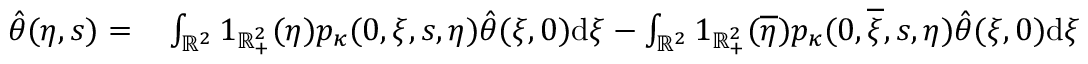
\begin{array} { r l } { \hat { \theta } ( \eta , s ) = } & { { } \int _ { \mathbb { R } ^ { 2 } } 1 _ { \mathbb { R } _ { + } ^ { 2 } } ( \eta ) p _ { \kappa } ( 0 , \xi , s , \eta ) \hat { \theta } ( \xi , 0 ) \mathrm { d } \xi - \int _ { \mathbb { R } ^ { 2 } } 1 _ { \mathbb { R } _ { + } ^ { 2 } } ( \overline { { \eta } } ) p _ { \kappa } ( 0 , \overline { { \xi } } , s , \eta ) \hat { \theta } ( \xi , 0 ) \mathrm { d } \xi } \end{array}